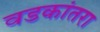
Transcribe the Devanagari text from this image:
वडकांतरा